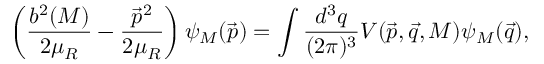
\left( \frac { b ^ { 2 } ( M ) } { 2 \mu _ { R } } - \frac { \vec { p } ^ { 2 } } { 2 \mu _ { R } } \right) \psi _ { M } ( \vec { p } ) = \int \frac { d ^ { 3 } q } { ( 2 \pi ) ^ { 3 } } V ( \vec { p } , \vec { q } , M ) \psi _ { M } ( \vec { q } ) ,